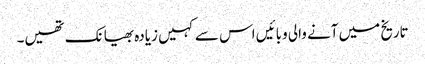
تاریخ میں آنے والی وبائیں اس سے کہیں زیادہ بھیانک تھیں۔